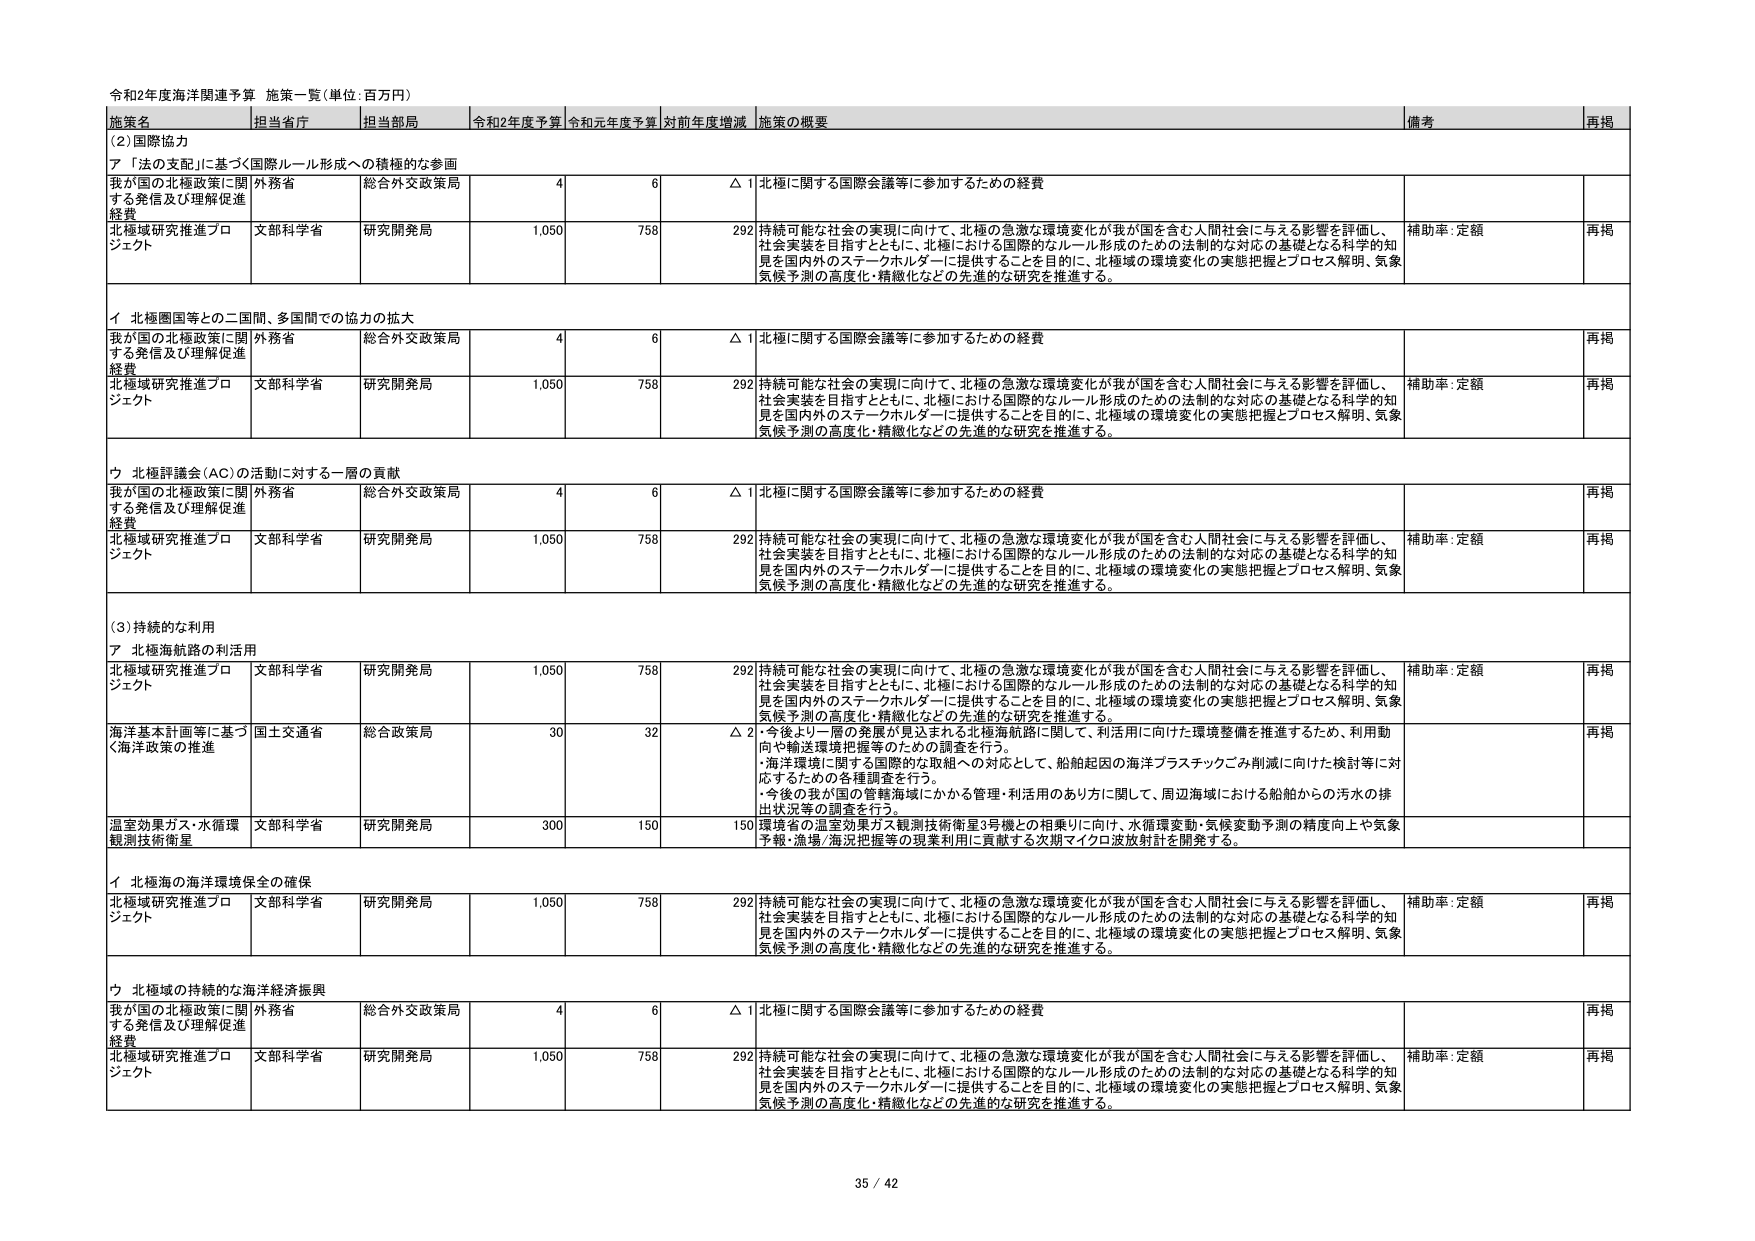
令和2年度海洋関連予算 施策一覧（単位：百万円）

施策名 担当省庁 担当部局 令和2年度予算 令和元年度予算 対前年度増減 施策の概要 備考 再掲

(2) 国際協力

ア 「法の支配」に基づく国際ルール形成への積極的な参画

我が国の北極政策に関する発信及び理解促進経費 外務省 総合外交政策局 4 6 △ 1 北極に関する国際会議等に参加するための経費

北極域研究推進プロジェクト 文部科学省 研究開発局 1,050 758 292 持続可能な社会の実現に向けて、北極の急激な環境変化が我が国を含む人間社会に与える影響を評価し、社会実装を目指すとともに、北極における国際的なルール形成のための法制的な対応の基礎となる科学的知見を国内外のステークホルダーに提供することを目的に、北極域の環境変化の実態把握とプロセス解明、気象気候予測の高度化・精緻化などの先進的な研究を推進する。 補助率：定額 再掲

イ 北極圏国等との二国間、多国間での協力の拡大

我が国の北極政策に関する発信及び理解促進経費 外務省 総合外交政策局 4 6 △ 1 北極に関する国際会議等に参加するための経費 再掲

北極域研究推進プロジェクト 文部科学省 研究開発局 1,050 758 292 持続可能な社会の実現に向けて、北極の急激な環境変化が我が国を含む人間社会に与える影響を評価し、社会実装を目指すとともに、北極における国際的なルール形成のための法制的な対応の基礎となる科学的知見を国内外のステークホルダーに提供することを目的に、北極域の環境変化の実態把握とプロセス解明、気象気候予測の高度化・精緻化などの先進的な研究を推進する。 補助率：定額 再掲

ウ 北極評議会（AC）の活動に対する一層の貢献

我が国の北極政策に関する発信及び理解促進経費 外務省 総合外交政策局 4 6 △ 1 北極に関する国際会議等に参加するための経費 再掲

北極域研究推進プロジェクト 文部科学省 研究開発局 1,050 758 292 持続可能な社会の実現に向けて、北極の急激な環境変化が我が国を含む人間社会に与える影響を評価し、社会実装を目指すとともに、北極における国際的なルール形成のための法制的な対応の基礎となる科学的知見を国内外のステークホルダーに提供することを目的に、北極域の環境変化の実態把握とプロセス解明、気象気候予測の高度化・精緻化などの先進的な研究を推進する。 補助率：定額 再掲

(3) 持続的な利用

ア 北極海航路の利活用

北極域研究推進プロジェクト 文部科学省 研究開発局 1,050 758 292 持続可能な社会の実現に向けて、北極の急激な環境変化が我が国を含む人間社会に与える影響を評価し、社会実装を目指すとともに、北極における国際的なルール形成のための法制的な対応の基礎となる科学的知見を国内外のステークホルダーに提供することを目的に、北極域の環境変化の実態把握とプロセス解明、気象気候予測の高度化・精緻化などの先進的な研究を推進する。 補助率：定額 再掲

海洋基本計画等に基づく海洋政策の推進 国土交通省 総合政策局 30 32 △ 2 今後より一層の発展が見込まれる北極海航路に関して、利活用に向けた環境整備を推進するため、利用動向や輸送環境把握等のための調査を行う。 ・海洋環境に関する国際的な取組への対応として、船舶起因の海洋プラスチックごみ削減に向けた検討等に対応するための各種調査を行う。 ・今後の我が国の管轄海域にかかる管理・利活用のあり方に関して、周辺海域における船舶からの汚水の排出状況等の調査を行う。 再掲

温室効果ガス・水循環観測技術衛星 文部科学省 研究開発局 300 150 150 環境省の温室効果ガス観測技術衛星3号機との相乗りに向け、水循環変動・気候変動予測の精度向上や気象予報・漁場/海況把握等の現実利用に貢献する次期マイクロ波放射計を開発する。

イ 北極海の海洋環境保全の確保

北極域研究推進プロジェクト 文部科学省 研究開発局 1,050 758 292 持続可能な社会の実現に向けて、北極の急激な環境変化が我が国を含む人間社会に与える影響を評価し、社会実装を目指すとともに、北極における国際的なルール形成のための法制的な対応の基礎となる科学的知見を国内外のステークホルダーに提供することを目的に、北極域の環境変化の実態把握とプロセス解明、気象気候予測の高度化・精緻化などの先進的な研究を推進する。 補助率：定額 再掲

ウ 北極域の持続的な海洋経済振興

我が国の北極政策に関する発信及び理解促進経費 外務省 総合外交政策局 4 6 △ 1 北極に関する国際会議等に参加するための経費 再掲

北極域研究推進プロジェクト 文部科学省 研究開発局 1,050 758 292 持続可能な社会の実現に向けて、北極の急激な環境変化が我が国を含む人間社会に与える影響を評価し、社会実装を目指すとともに、北極における国際的なルール形成のための法制的な対応の基礎となる科学的知見を国内外のステークホルダーに提供することを目的に、北極域の環境変化の実態把握とプロセス解明、気象気候予測の高度化・精緻化などの先進的な研究を推進する。 補助率：定額 再掲

35 / 42